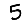
Digit: 5